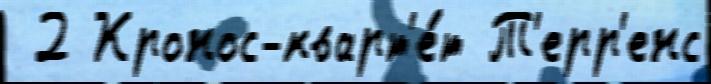
 2 Кронос-кварт'е́т Т'ерр'енс